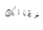
أخطائك